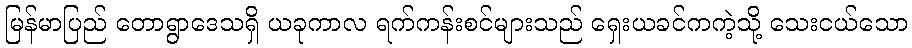
မြန်မာပြည် တောရွာဒေသရှိ ယခုကာလ ရက်ကန်းစင်များသည် ရှေးယခင်ကကဲ့သို့ သေးငယ်သော